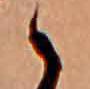
ゝ